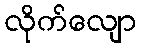
လိုက်လျော